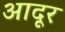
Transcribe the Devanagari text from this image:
आदूर